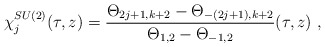
\begin{align*}\chi^{SU(2)}_j (\tau , z) = \frac{\Theta_{2j+1,k+2} - \Theta_{-(2j+1), k+2}} {\Theta_{1,2} - \Theta_{-1,2}} (\tau ,z) ~,\end{align*}